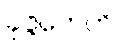
ခုဇ္ဇကေဟိ